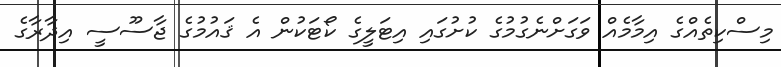
މިސްކިތެއްގެ އިމާމެއް ވަގަށްނެގުމުގެ ކުށުގައި އިޓަލީގެ ކޯޓަކުން އެ ޤައުމުގެ ޖާސޫސީ އިދާރާގެ